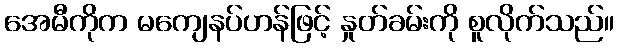
အေမီကိုက မကျေနပ်ဟန်ဖြင့် နှုတ်ခမ်းကို စူလိုက်သည်။